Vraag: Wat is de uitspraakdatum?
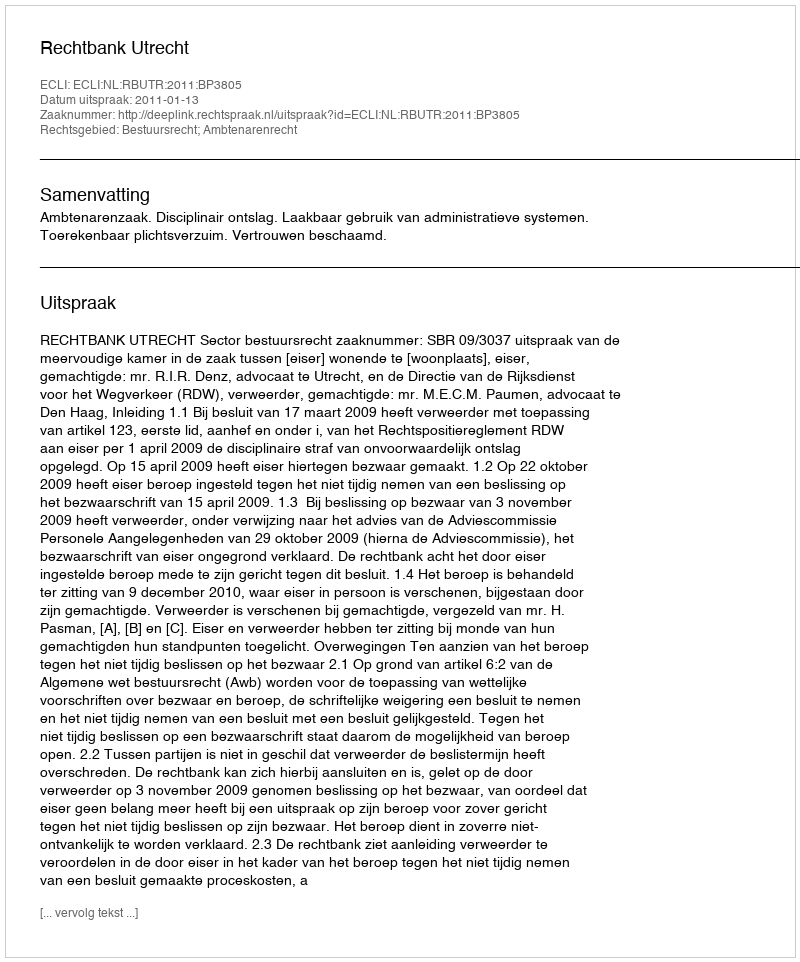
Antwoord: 2011-01-13